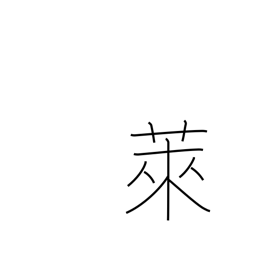
Meaning: fallow field